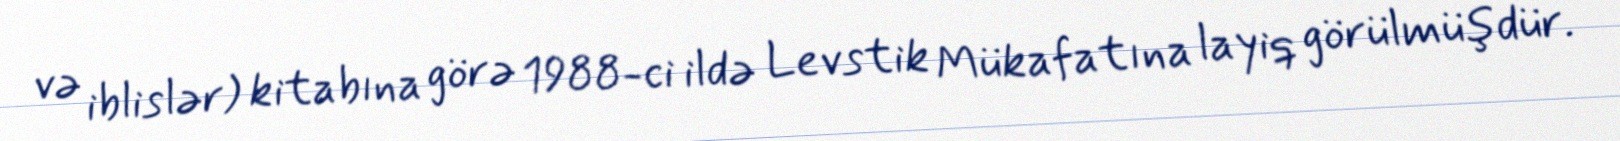
və iblislər) kitabına görə 1988-ci ildə Levstik Mükafatına layiq görülmüşdür.